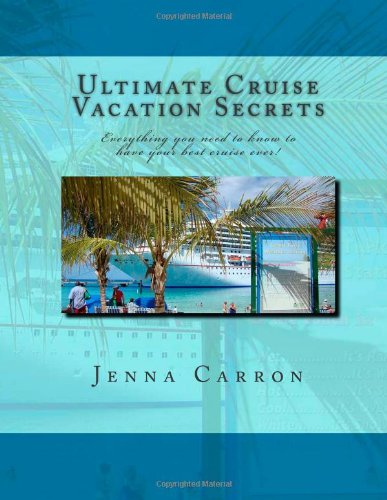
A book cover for Ultimate Cruise Vacation Secrets: Everything you need to know to have your best cruise ever!; Jenna Carron; Travel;